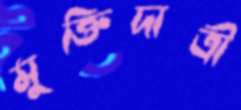
মুক্তিদাত্রী